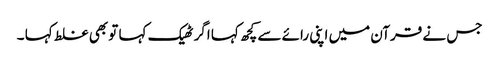
جس نے قرآن میں اپنی رائے سے کچھ کہا اگر ٹھیک کہا تو بھی غلط کہا ۔